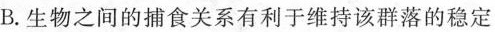
B.生物之间的捕食关系有利于维持该群落的稳定